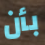
بأن